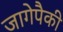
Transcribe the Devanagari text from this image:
जागेपैकी